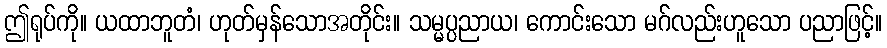
ဤရုပ်ကို။ ယထာဘူတံ၊ ဟုတ်မှန်သောအတိုင်း။ သမ္မပ္ပညာယ၊ ကောင်းသော မဂ်လည်းဟူသော ပညာဖြင့်။